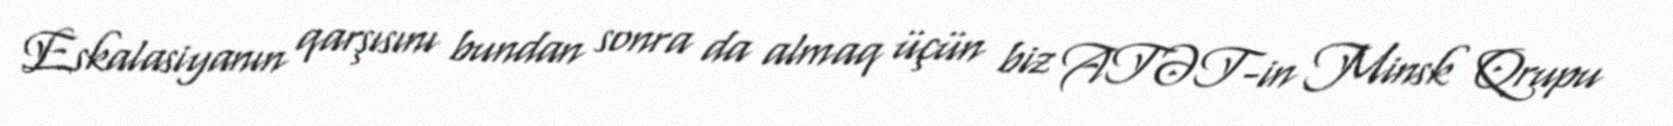
Eskalasiyanın qarşısını bundan sonra da almaq üçün biz ATƏT-in Minsk Qrupu